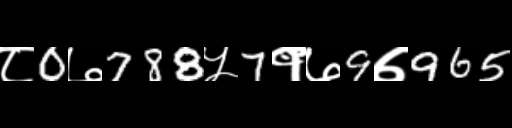
Text: ८0७788५7१७9७965